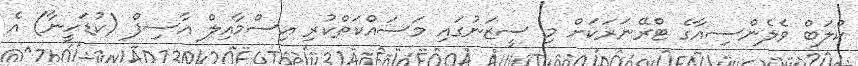
ކްލަބް ވެލެންސިއާގެ ޓްރޭނަރަކަށް މި ސީޒަނުގައި މަސައްކަތްކުރި އިސްމާއިލް އާސިފް (ކުޑަހީނާ) އެ